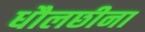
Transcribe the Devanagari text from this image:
धौलछीना